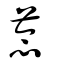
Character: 菍